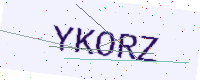
Text: YKORZ